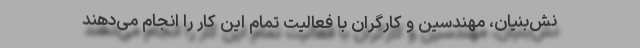
نش‌بنیان، مهندسین و کارگران با فعالیت تمام این کار را انجام می‌دهند